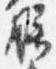
膳